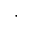
\cdot